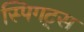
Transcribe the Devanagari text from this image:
स्पिगट्स